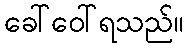
ခေါ်ဝေါ်ရသည်။